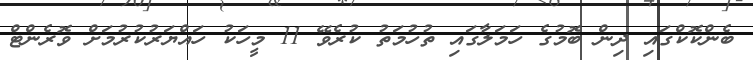
ބެންކޮކްގައި ދިން ބޮމުގެ ހަމަލާގައި ތުހުމަތު ކުރެވޭ 11 މީހަކު ހައްޔަރުކުރުމަށް ވޮރެންޓް